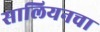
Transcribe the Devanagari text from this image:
सालियनचा